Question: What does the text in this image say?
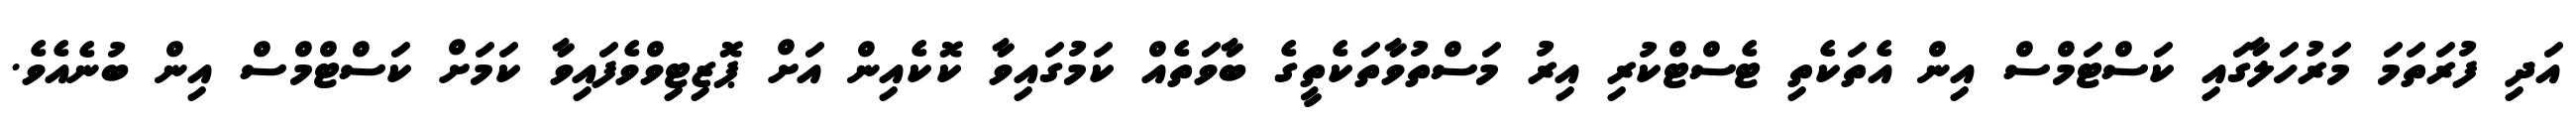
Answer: އަދި ފުރަތަމަ މަރުހަލާގައި ކަސްޓަމްސް އިން އެތަކެތި ޓެސްޓްކުރި އިރު މަސްތުވާތަކެތީގެ ބާވަތެއް ކަމުގައިވާ ކޮކެއިން އަށް ޕޮޒިޓިވްވެފައިވާ ކަމަށް ކަސްޓްމްސް އިން ބުނެއެވެ.